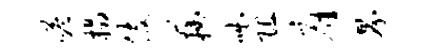
嗒榻伎藕咄阻肩界